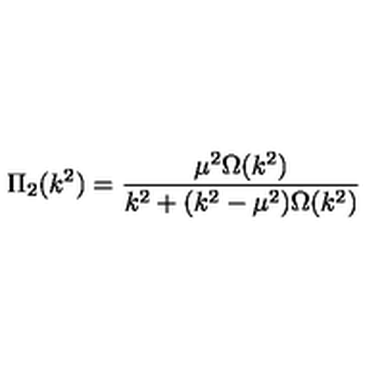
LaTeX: \Pi _ { 2 } ( k ^ { 2 } ) = \frac { \mu ^ { 2 } \Omega ( k ^ { 2 } ) } { k ^ { 2 } + ( k ^ { 2 } - \mu ^ { 2 } ) \Omega ( k ^ { 2 } ) }